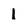
Character: 1